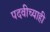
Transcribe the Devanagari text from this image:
पदवीच्याही